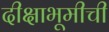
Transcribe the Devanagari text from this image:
दीक्षाभूमीची